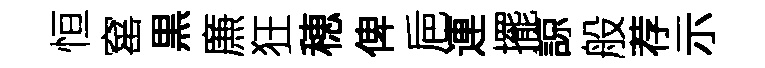
恒窰黒㢘狂穂俾巵連擺諒般荐示